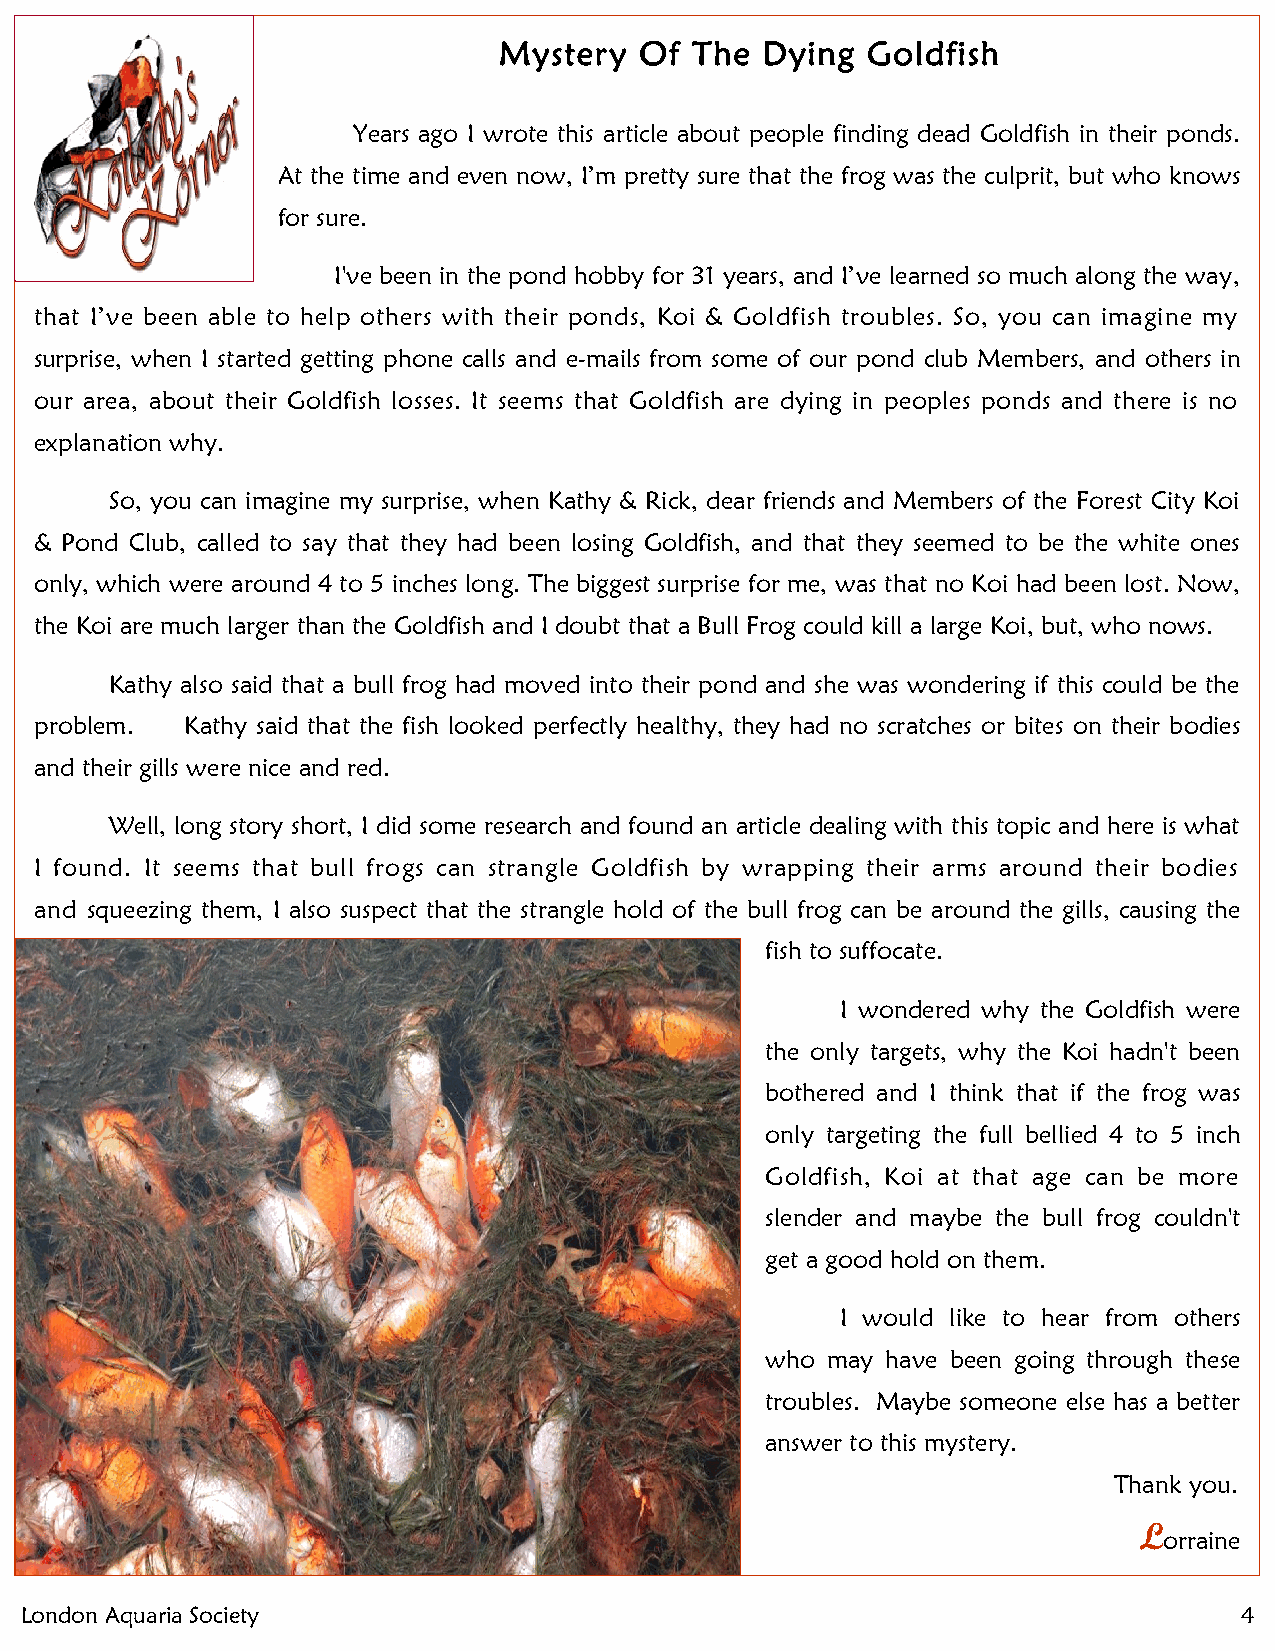
Mystery  Of  The Dying  Goldfish
 Years ago I wrote this article about people finding dead Goldfish in their ponds.
 At the time and even now, I’m pretty sure that the frog was the culprit, but who knows
 for sure.
 I've been in the pond hobby for 31 years, and I’ve learned so much along the way,
 that I’ve been able to help others with their ponds, Koi & Goldfish troubles. So, you can imagine my
 surprise, when I started getting phone calls and e-mails from some of our pond club Members, and others in
 our area, about their Goldfish losses. It seems that Goldfish are dying in peoples ponds and there is no
 explanation why.
 So, you can imagine my surprise, when Kathy & Rick, dear friends and Members of the Forest City Koi
 & Pond Club, called to say that they had been losing Goldfish, and that they seemed to be the white ones
 only, which were around 4 to 5 inches long. The biggest surprise for me, was that no Koi had been lost. Now,
 the Koi are much larger than the Goldfish and I doubt that a Bull Frog could kill a large Koi, but, who nows.
 Kathy also said that a bull frog had moved into their pond and she was wondering if this could be the
 problem.  Kathy said that the fish looked perfectly healthy, they had no scratches or bites on their bodies
 and their gills were nice and red.
 Well, long story short, I did some research and found an article dealing with this topic and here is what
 I found. It seems that bull frogs can strangle Goldfish by wrapping their arms around their bodies
 and squeezing them, I also suspect that the strangle hold of the bull frog can be around the gills, causing the
 fish to suffocate.
 I wondered why the Goldfish were
 the only targets, why the Koi hadn't been
 bothered and I think that if the frog was
 only targeting the full bellied 4 to 5 inch
 Goldfish, Koi at that age can be more
 slender and maybe the bull frog couldn't
 get a good hold on them.
 I would like to hear from others
 who may have been going through these
 troubles. Maybe someone else has a better
 answer to this mystery.
 Thank you.
 L
 orraine
 London Aquaria Society                                                           4